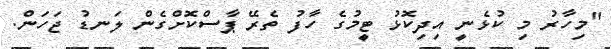
"މިހާރު މި ކުޅެނީ އިދިކޮޅު ޓީމުގެ ހާފު ތެރޭ ޕާސްކޮށްގެން ލަނޑު ޖަހަން.